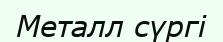
Металл сүргі